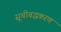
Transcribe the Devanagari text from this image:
सूचीबद्धकरण